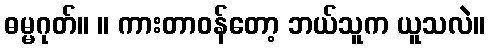
ဓမ္မဂုတ်။ ။ ကားတာဝန်တော့ ဘယ်သူက ယူသလဲ။